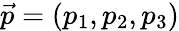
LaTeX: \vec{p}=(p_{1},p_{2},p_{3})